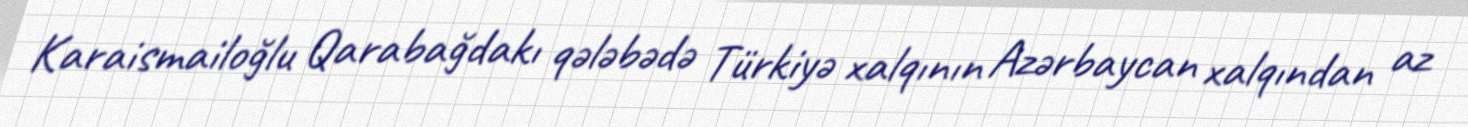
Karaismailoğlu Qarabağdakı qələbədə Türkiyə xalqının Azərbaycan xalqından az